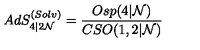
A d S _ { 4 \vert 2 { \cal N } } ^ { ( S o l v ) } = \frac { O s p ( 4 \vert { \cal N } ) } { C S O ( 1 , 2 \vert { \cal N } ) }